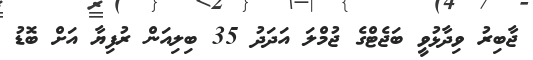
ޖާބިރު ވިދާޅުވީ ބަޖެޓްގެ ޖުމްލަ އަދަދު 35 ބިލިއަން ރުފިޔާ އަށް ބޮޑު